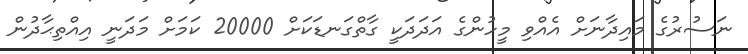
ނަސުރުގެ މައިދާނަށް އެއްވި މީހުންގެ އަދަދަކީ ގާތްގަނޑަކަށް 20000 ކަމަށް މަދަނީ އިއްތިޙާދުން